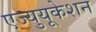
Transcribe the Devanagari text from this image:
एज्युयूकेशन